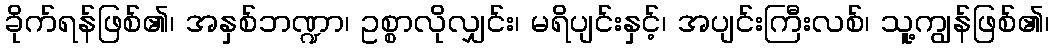
ခိုက်ရန်ဖြစ်၏၊ အနှစ်ဘဏ္ဍာ၊ ဥစ္စာလိုလျှင်း၊ မရိပျင်းနှင့်၊ အပျင်းကြီးလစ်၊ သူ့ကျွန်ဖြစ်၏၊